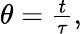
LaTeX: \begin{array}{r}{\theta=\frac{t}{\tau},}\end{array}